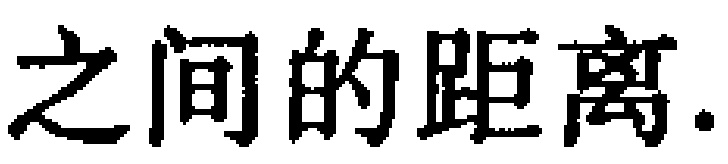
之间的距离.